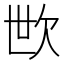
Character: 㰥